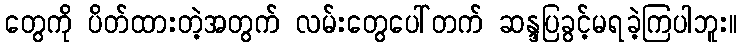
တွေကို ပိတ်ထားတဲ့အတွက် လမ်းတွေပေါ်တက် ဆန္ဒပြခွင့်မရခဲ့ကြပါဘူး။